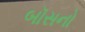
બૉસનો